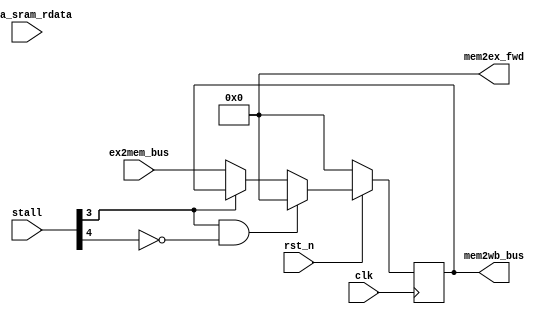
module MEM 
#(
    parameter EX2MEM_WD = 50,
    parameter MEM2WB_WD = 50,
    parameter MEM2EX_WD = 50
)(
    input wire clk,
    input wire rst_n,
    input wire [5:0] stall,
    input wire [EX2MEM_WD-1:0] ex2mem_bus,
    output wire [MEM2WB_WD-1:0] mem2wb_bus,
    output wire [MEM2EX_WD-1:0] mem2ex_fwd,

    input wire [63:0] data_sram_rdata
);
    
    reg [EX2MEM_WD-1:0] ex2mem_bus_r;
    always @ (posedge clk) begin
        if (!rst_n) begin
            ex2mem_bus_r <= 0;
        end
        else if (stall[3]&(!stall[4])) begin
            ex2mem_bus_r <= 0;
        end
        else if (!stall[3]) begin
            ex2mem_bus_r <= ex2mem_bus;
        end
    end

    reg [63:0] data_sram_rdata_r;
    reg stall_flag;
    always @ (posedge clk) begin
        if (!rst_n) begin
            data_sram_rdata_r <= 0;
            stall_flag <= 1'b0;
        end
        else if (!stall[3]) begin
            data_sram_rdata_r <= data_sram_rdata;
            stall_flag <= 1'b0;
        end
        else if (stall_flag) begin
            
        end
        else if (stall[3]&stall[4])begin
            data_sram_rdata_r <= data_sram_rdata;
            stall_flag <= 1'b1;
        end
    end
    wire [63:0] data_tmp;
    assign data_tmp = stall_flag ? data_sram_rdata_r : data_sram_rdata;

    wire [6:0] lsu_op;
    wire data_ram_en;
    wire data_ram_we;
    wire [3:0] data_size_sel;
    wire data_unsigned;
    wire [7:0] data_ram_sel;
    wire sel_rf_res;
    wire rf_we;
    wire [4:0] rf_waddr;
    wire [63:0] ex_result;
    wire [63:0] pc;
    wire [31:0] inst;

    assign {
        lsu_op,
        data_ram_sel,
        sel_rf_res,
        rf_we,
        rf_waddr,
        ex_result,
        pc,
        inst
    } = ex2mem_bus_r;

    assign {
        data_ram_en, data_ram_we, data_size_sel, data_unsigned
    } = lsu_op;

    wire [63:0] mem_result;
    wire [63:0] rf_wdata;

    wire [7:0] b_data;
    wire [15:0] h_data;
    wire [31:0] w_data;
    wire [63:0] d_data;

    assign b_data = data_ram_sel[7] ? data_tmp[63:56] :
                    data_ram_sel[6] ? data_tmp[55:48] :
                    data_ram_sel[5] ? data_tmp[47:40] :
                    data_ram_sel[4] ? data_tmp[39:32] :
                    data_ram_sel[3] ? data_tmp[31:24] :
                    data_ram_sel[2] ? data_tmp[23:16] :
                    data_ram_sel[1] ? data_tmp[15: 8] :
                    data_ram_sel[0] ? data_tmp[ 7: 0] : 8'b0;
    assign h_data = data_ram_sel[6] ? data_tmp[63:48] :
                    data_ram_sel[4] ? data_tmp[47:32] :
                    data_ram_sel[2] ? data_tmp[31:16] :
                    data_ram_sel[0] ? data_tmp[15: 0] : 16'b0;
    assign w_data = data_ram_sel[4] ? data_tmp[63:32] : 
                    data_ram_sel[0] ? data_tmp[31: 0] : 32'b0;
    assign d_data = data_tmp;

    assign mem_result = data_size_sel[0] & data_unsigned ? {56'b0,b_data} :
                        data_size_sel[0] ? {{56{b_data[7]}},b_data} :
                        data_size_sel[1] & data_unsigned ? {48'b0,h_data} :
                        data_size_sel[1] ? {{48{h_data[15]}},h_data} :
                        data_size_sel[2] & data_unsigned ? {32'b0,w_data} :
                        data_size_sel[2] ? {{32{w_data[31]}},w_data} :
                        data_size_sel[3] ? d_data : 64'b0;
    
    assign rf_wdata = sel_rf_res ? mem_result : ex_result;

    assign mem2wb_bus = {
        rf_we,
        rf_waddr,
        rf_wdata,
        pc,
        inst
    };

    assign mem2ex_fwd = {
        rf_we,
        rf_waddr,
        ex_result
    };
endmodule